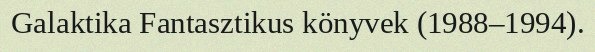
Galaktika Fantasztikus könyvek (1988–1994).